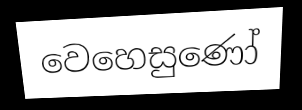
වෙහෙසුණෝ